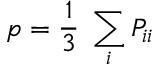
p = \frac { 1 } { 3 } \; \sum _ { i } P _ { i i }